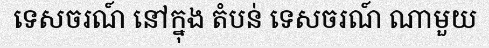
ទេសចរណ៍ នៅក្នុង តំបន់ ទេសចរណ៍ ណាមួយ